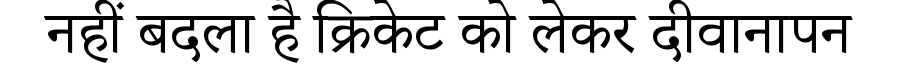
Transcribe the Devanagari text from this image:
नहीं बदला है क्रिकेट को लेकर दीवानापन